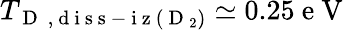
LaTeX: T_{\mathrm{~D~}\mathrm{~,~d~i~s~s~-~i~z~}\left(\mathrm{~D~}_{2}\right)}\simeq 0.25\mathrm{~e~V~}